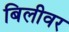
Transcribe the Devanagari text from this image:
बिलीवर